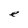
Character: e